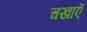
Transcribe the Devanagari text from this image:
चखाएॅ